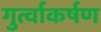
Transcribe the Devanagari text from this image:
गुर्त्वाकर्षण